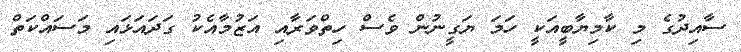
ސާއިދުގެ މި ކާމިޔާބީއަކީ ހަމަ ޔަގީނުން ވެސް ހިތްވަރާއި އަޒުމާއެކު ގަދައަޅައި މަސައްކަތް